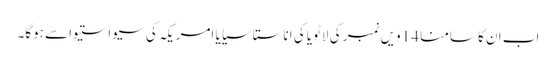
اب ان کا سامنا 14ویں نمبر کی لاٹویا کی اناستاسیایا امریکہ کی سیواستیواسے ہوگا۔